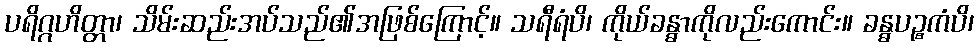
ပရိဂ္ဂဟိတ္တာ၊ သိမ်းဆည်းအပ်သည်၏အဖြစ်ကြောင့်။ သရီရံပိ၊ ကိုယ်ခန္ဓာကိုလည်းကောင်း။ ခန္ဓပဉ္စကံပိ၊